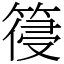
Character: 䈜